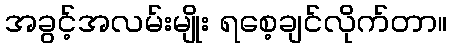
အခွင့်အလမ်းမျိုး ရစေ့ချင်လိုက်တာ။